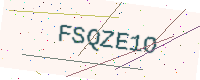
Text: FSQZE1O